Lunatic asylums Central Provinces reports 1886-1894 - 1886-1894
Year: 1886
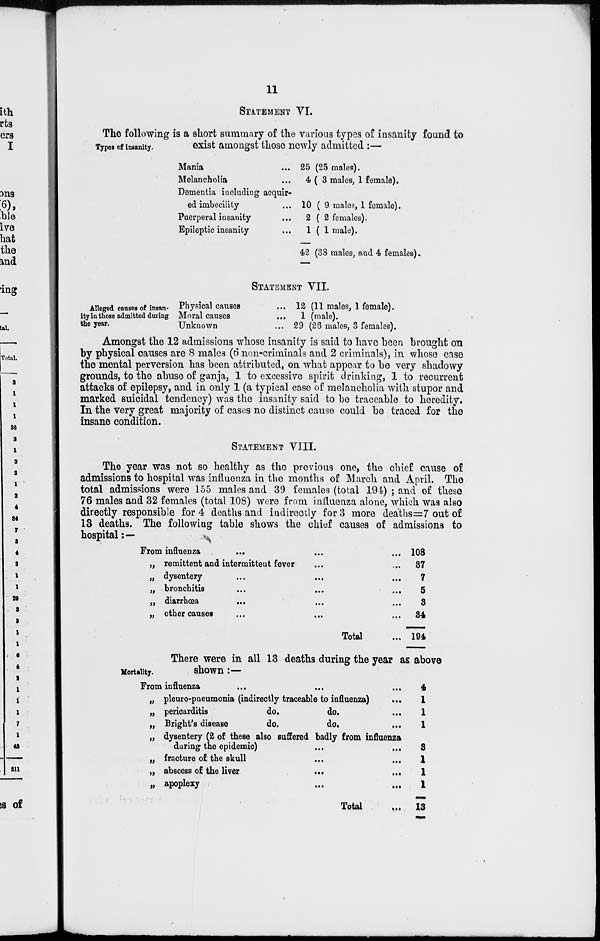
11
STATEMENT VI.
Types of insanity.
The following is a short summary of the various types of insanity found to
exist amongst those newly admitted :—
Mania ...
Melancholia ...
Dementia including acquir-
ed imbecility ...
Puerperal insanity ...
Epileptic insanity ...
25 (25 males).
4 (3 males, 1 female).
10 ( 9 males, 1 female).
2 ( 2 females).
1(1 male).
42 (38 males, and 4 females).
STATEMENT VII.
Alleged causes of insan-
ity in those admitted during
the year.
Physical causes ...
Moral causes ...
Unknown ...
12 (11 males, 1 female).
1 (male).
29 (26 males, 3 females).
Amongst the 12 admissions whose insanity is said to have been brought on
by physical causes are 8 males (6 non-criminals and 2 criminals), in whose case
the mental perversion has been attributed, on what appear to be very shadowy
grounds, to the abuse of ganja, 1 to excessive spirit drinking, 1 to recurrent
attacks of epilepsy, and in only 1 (a typical case of melancholia with stupor and
marked suicidal tendency) was the insanity said to be traceable to heredity.
In the very great majority of cases no distinct cause could be traced for the
insane condition.
STATEMENT VIII.
The year was not so healthy as the previous one, the chief cause of
admissions to hospital was influenza in the months of March and April. The
total admissions were 155 males and 39 females (total 194) ; and of these
76 males and 32 females (total 108) were from influenza alone, which was also
directly responsible for 4 deaths and indirectly for 3 more deaths=7 out of
13 deaths. The following table shows the chief causes of admissions to
hospital:—
From influenza
... ... ...
„ remittent and intermittent fever ... ...
„ dysentery ... ... ...
„ bronchitis ... ... ...
„ diarrhœa
... ... ...
„ other causes ... ... ...
Total ...
108
37
7
5
3
34
194
Mortality.
There were in all 13 deaths during the year as above
shown:—
From influenza ... ... ...
„ pleuro-pneumonia (indirectly traceable to influenza)
...
„ pericarditis
do.
do. ...
„ Bright's disease
do.
do. ...
„ dysentery (2 of these also suffered badly from influenza
during the epidemic) ... ...
„ fracture of the skull ... ... ...
„ abscess of the liver ... ... ...
„ apoplexy
...
...
Total ...
4
1
1
1
3
1
1
1
13